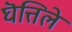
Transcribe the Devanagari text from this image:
घॆत्तिले